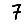
Digit: 7